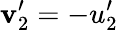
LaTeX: \mathbf{v}_{2}^{\prime}=-u_{2}^{\prime}